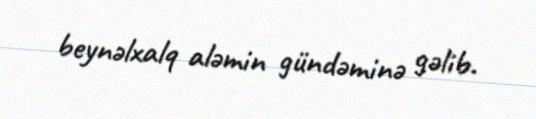
beynəlxalq aləmin gündəminə gəlib.